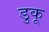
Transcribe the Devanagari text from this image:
डुकू